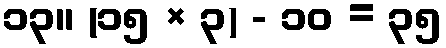
၁၃။ (၁၅ × ၃) - ၁၀ = ၃၅